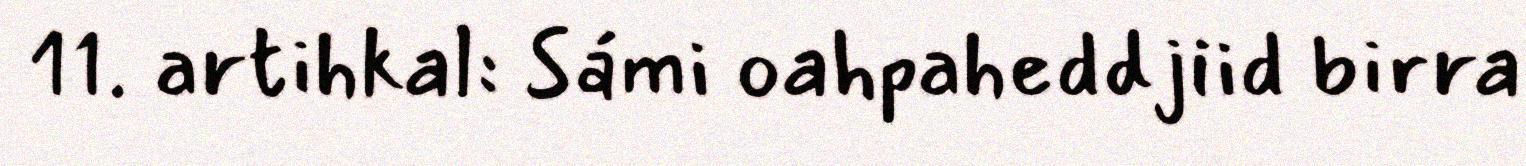
11. artihkal: Sámi oahpaheddjiid birra